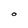
Character: O